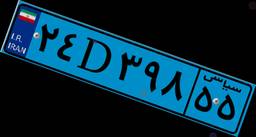
۲۴D۳۹۸۵۵